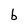
Character: b